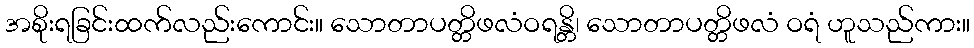
အစိုးရခြင်းထက်လည်းကောင်း။ သောတာပတ္တိဖလံဝရန္တိ၊ သောတာပတ္တိဖလံ ဝရံ ဟူသည်ကား။